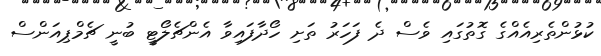
ކުޅުންތެރިއެއްގެ ގޮތުގައި ވެސް ދެ ފަހަރު ތަށި ހޯދާފައިވާ އެންޗެލޯޓީ ބުނީ ޗެމްޕިއަންސް